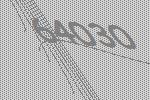
64030